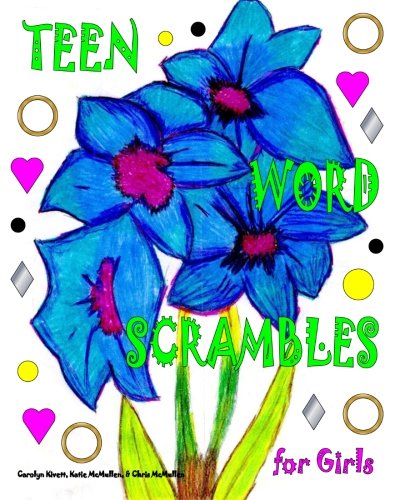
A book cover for Teen Word Scrambles for Girls; Katie McMullen; Teen & Young Adult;